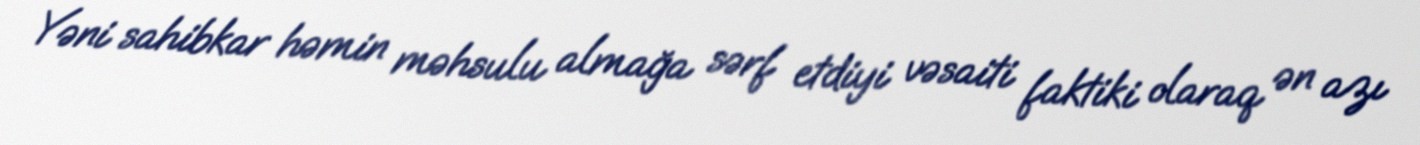
Yəni sahibkar həmin məhsulu almağa sərf etdiyi vəsaiti faktiki olaraq ən azı